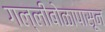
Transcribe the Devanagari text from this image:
गल्लीबोळापासून